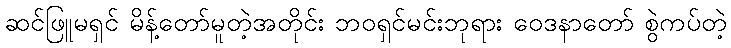
ဆင်ဖြူမရှင် မိန့်တော်မူတဲ့အတိုင်း ဘဝရှင်မင်းဘုရား ဝေဒနာတော် စွဲကပ်တဲ့